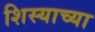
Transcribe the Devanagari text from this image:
शिस्याच्या